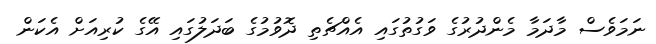
ނަމަވެސް މާދަމާ މެންދުރުގެ ވަގުތުގައި އެއްޗެތި ދޮވުމުގެ ބަދަލުގައި އޭގެ ކުރިއަށް އެކަން